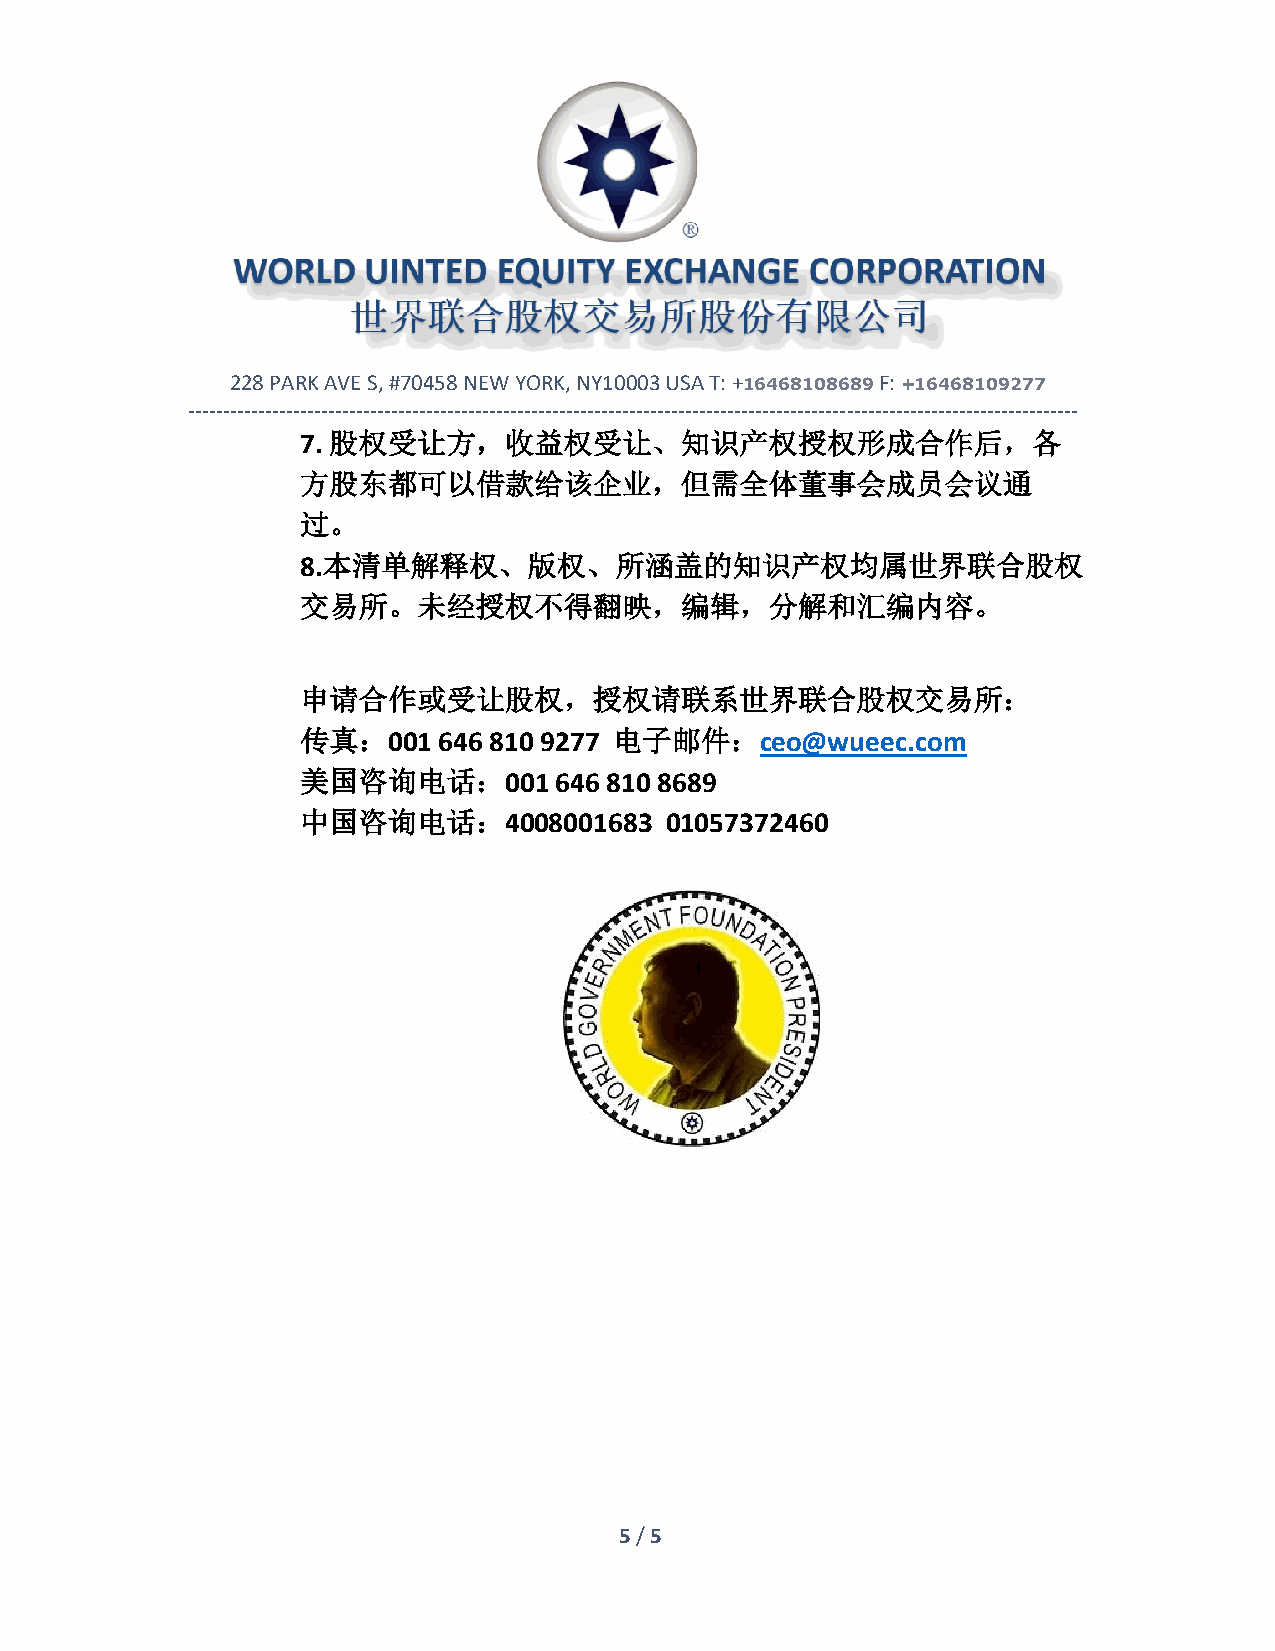
228 PARK AVE S, #70458 NEW YORK, NY10003 USA T: +16468108689 F: +16468109277
 -------------------------------------------------------------------------------------------------------------------------------
 7. 股权受让方，收益权受让、知识产权授权形成合作后，各
 方股东都可以借款给该企业，但需全体董事会成员会议通
 过。
 8.本清单解释权、版权、所涵盖的知识产权均属世界联合股权
 交易所。未经授权不得翻映，编辑，分解和汇编内容。
 申请合作或受让股权，授权请联系世界联合股权交易所：
 传真：001   646 810 9277 电子邮件：ceo@wueec.com
 美国咨询电话：001       646 810 8689
 中国咨询电话：4008001683       01057372460
 5 / 5